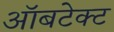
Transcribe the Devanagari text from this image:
ऑबटेक्ट